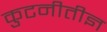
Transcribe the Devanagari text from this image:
कुटनीतीज्ञ